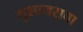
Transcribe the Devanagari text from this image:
मुशायराचा